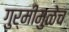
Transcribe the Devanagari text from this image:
गुर्मीमुळेच